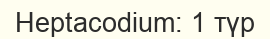
Heptacodium: 1 түр